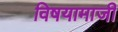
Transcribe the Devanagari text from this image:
विषयामाजीं